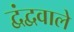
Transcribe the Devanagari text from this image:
द्वंद्ववाले